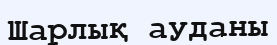
Шарлық ауданы